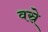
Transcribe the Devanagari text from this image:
वस्रे